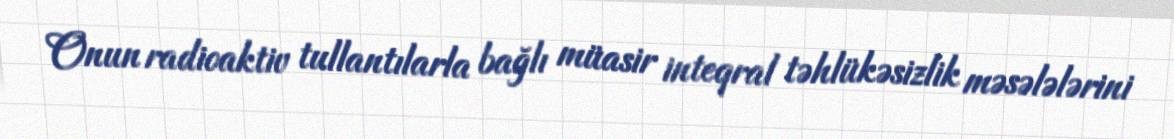
Onun radioaktiv tullantılarla bağlı müasir inteqral təhlükəsizlik məsələlərini